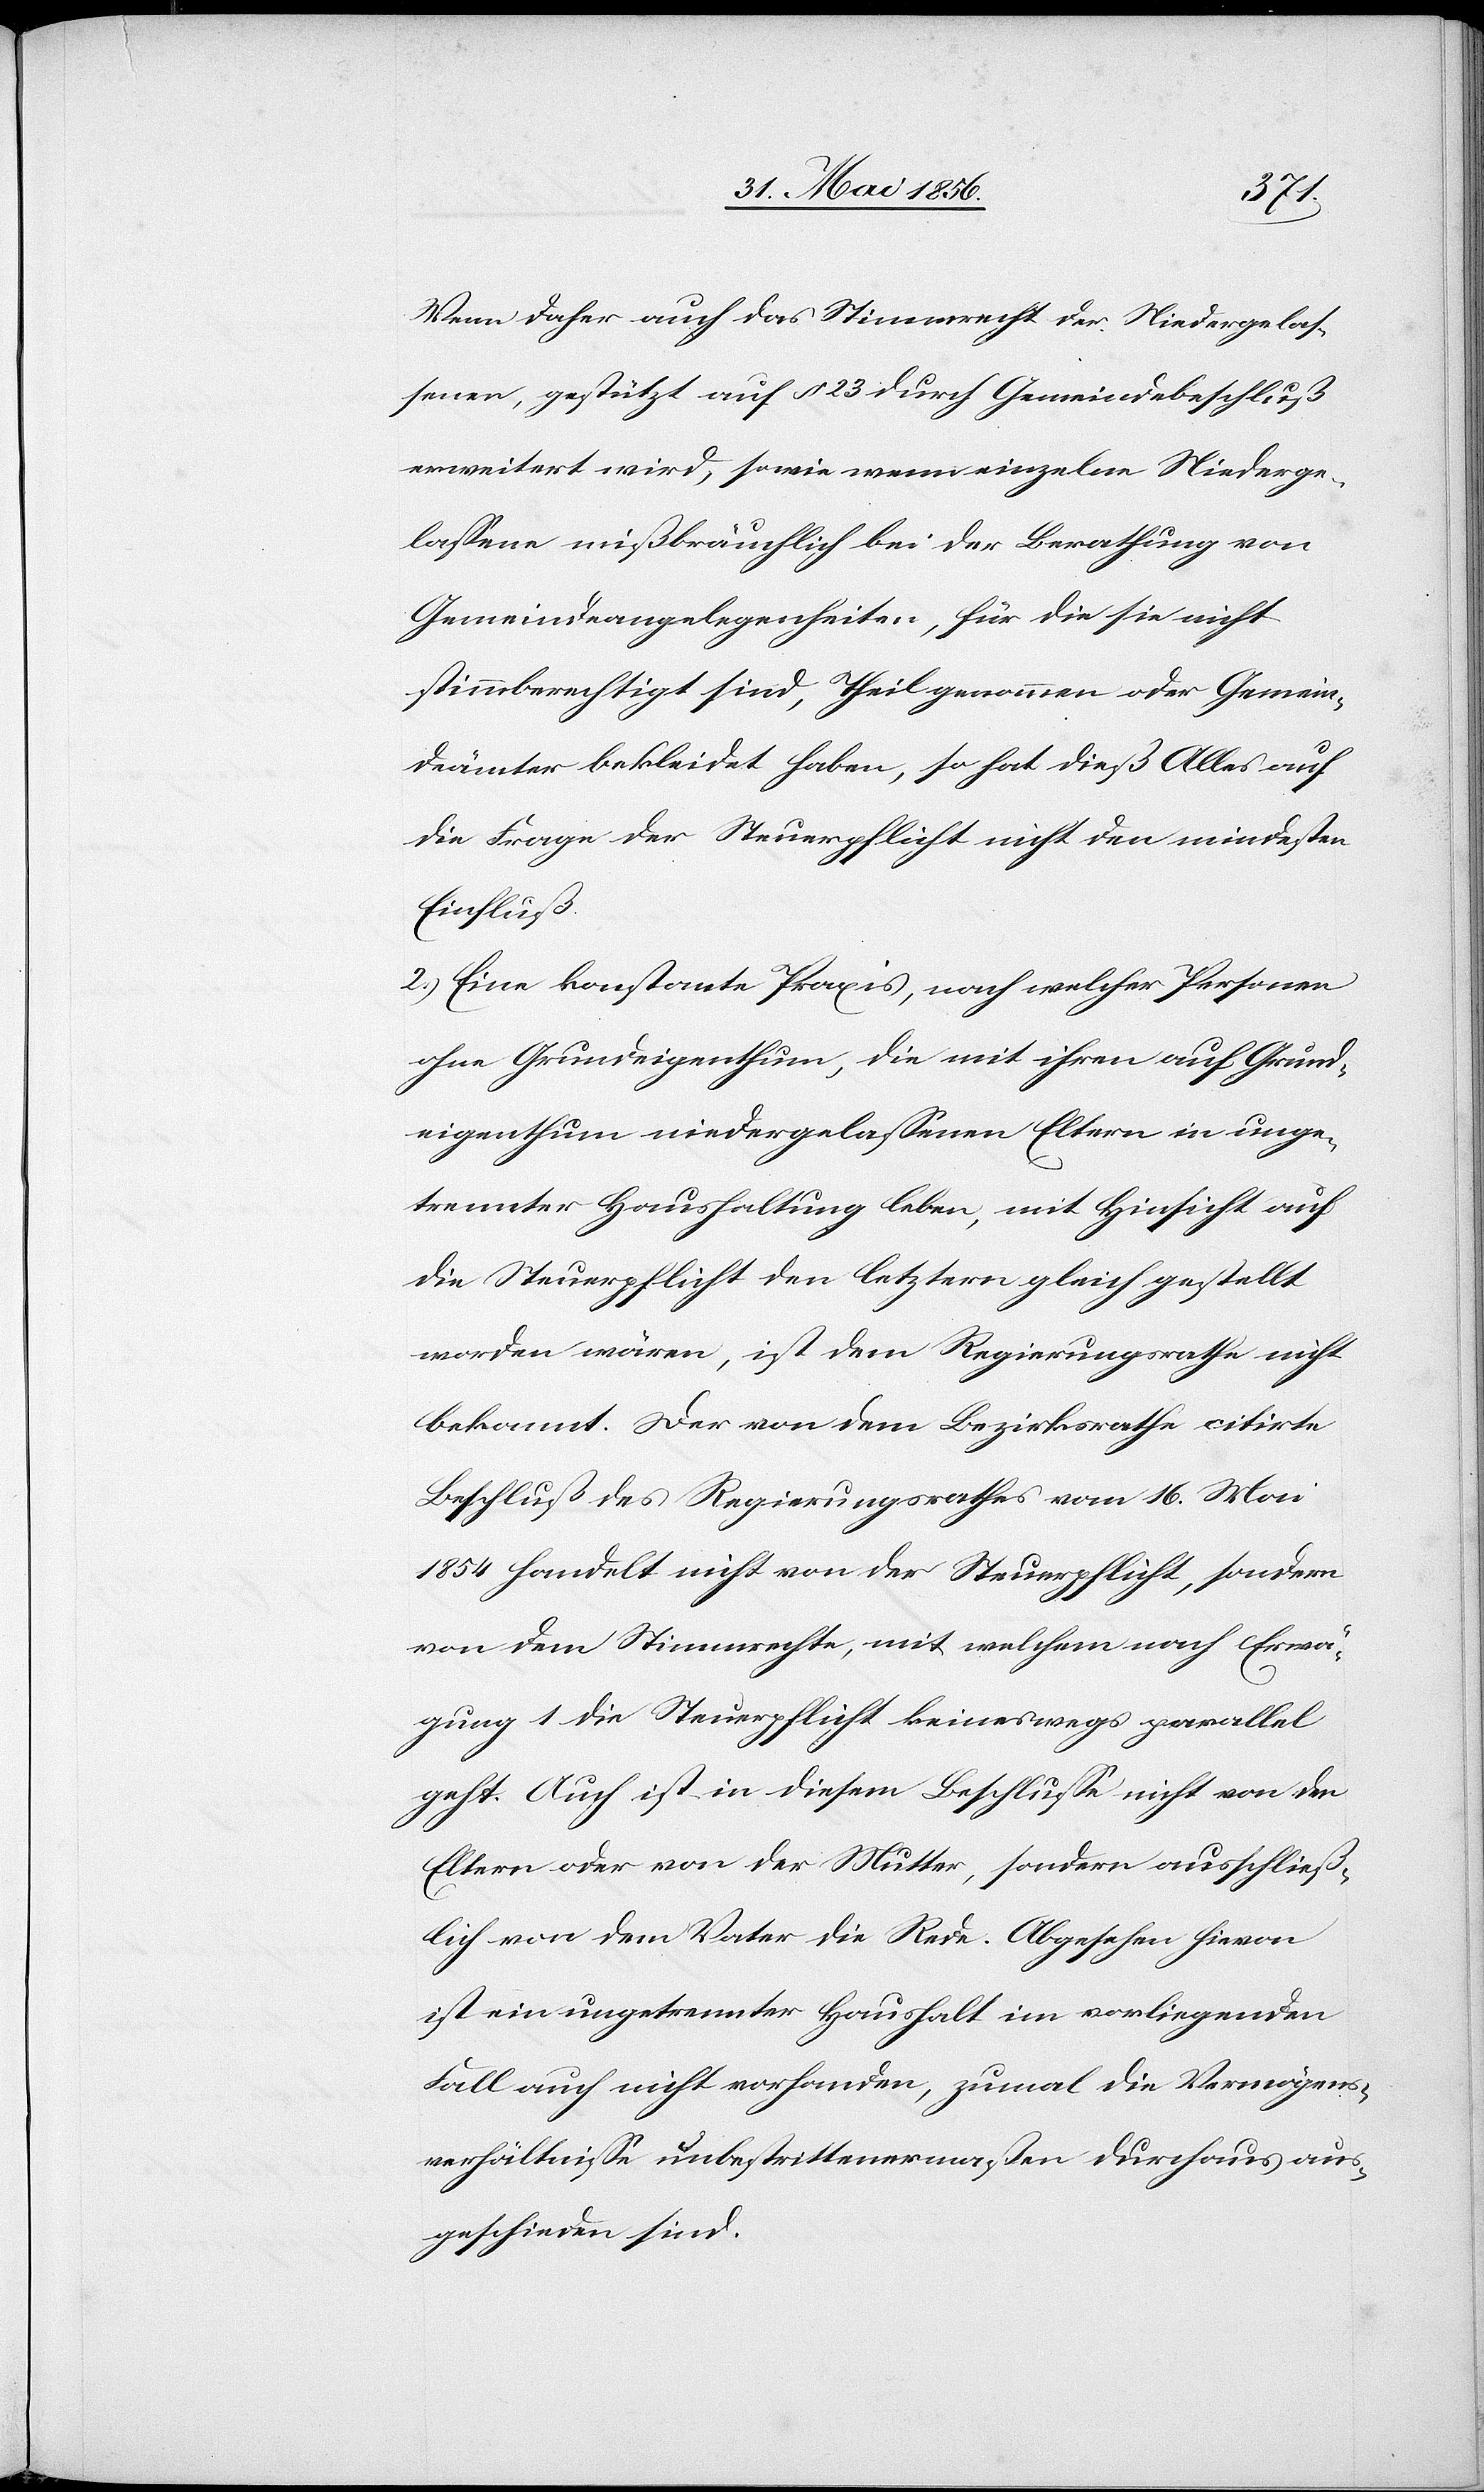
Wenn daher auch das Stimmrecht der Niedergelas¬
senen, gestützt auf § 23 durch Gemeindebeschluß
erweitert wird, sowie wenn einzelne Niederge¬
lassene mißbräuchlich bei der Berathung von
Gemeindeangelegenheiten, für die sie nicht
stimmberechtigt sind, Theil genommen oder Gemein¬
deämter bekleidet haben, so hat dieß Alles auf
die Frage der Steuerpflicht nicht den mindesten
Einfluß.
2.) Eine konstante Praxis, nach welcher Personen
ohne Grundeigenthum, die mit ihren auf Grund¬
eigenthum niedergelassenen Eltern in unge¬
trennter Haushaltung leben, mit Hinsicht auf
die Steuerpflicht den letztern gleich gestellt
worden wären, ist dem Regierungsrathe nicht
bekannt. Der von dem Bezirksrathe citirte
Beschluß des Regierungsrathes vom 16. Mai
1854 handelt nicht von der Steuerpflicht, sondern
von dem Stimmrechte, mit welchem nach Erwä¬
gung 1 die Steuerpflicht keineswegs parallel
geht. Auch ist in diesem Beschlusse nicht von den
Eltern oder von der Mutter, sondern ausschließ¬
lich von dem Vater die Rede. Abgesehen hievon
ist ein ungetrennter Haushalt im vorliegenden
Fall auch nicht vorhanden, zumal die Vermögens¬
verhältnisse unbestrittenermaßen durchaus aus¬
geschieden sind.